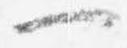
一